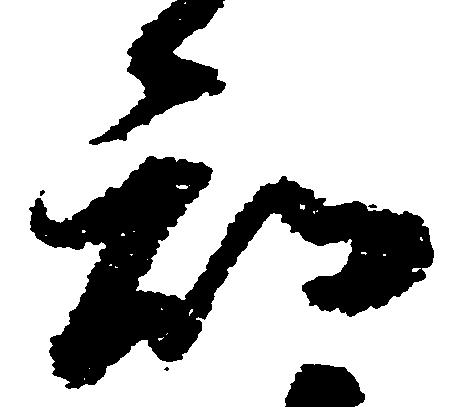
知